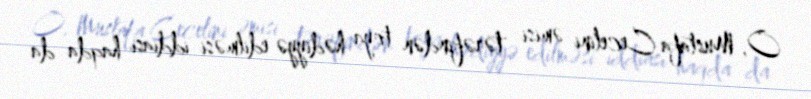
O, Mustafa Cecelini əmisi tərəfindən toya hədiyyə edilməsi iddiası haqda da